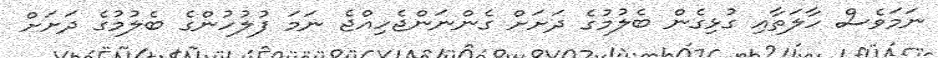
ނަމަވެސް ހާލަތާއި ގުޅިގެން ބެލުމުގެ ދަށަށް ގެންނަންޖެހިއްޖެ ނަމަ ފުލުހުންގެ ބެލުމުގެ ދަށަށް